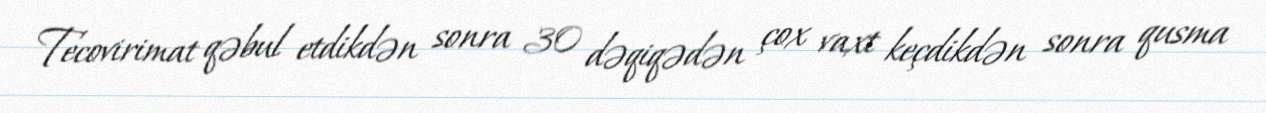
Tecovirimat qəbul etdikdən sonra 30 dəqiqədən çox vaxt keçdikdən sonra qusma